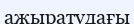
ажыратудағы